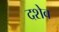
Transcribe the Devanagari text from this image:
दशेव